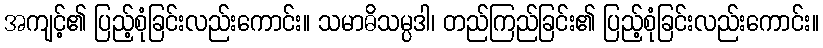
အကျင့်၏ ပြည့်စုံခြင်းလည်းကောင်း။ သမာဓိသမ္ပဒါ၊ တည်ကြည်ခြင်း၏ ပြည့်စုံခြင်းလည်းကောင်း။